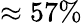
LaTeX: \approx 57\%